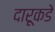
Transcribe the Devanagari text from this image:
दारूकडे